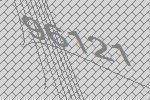
96121